Bréfritari: Kristbjörn Guðvarðarson
Viðtakandi: Jón Borgfirðings Jónsson
Dagsetning: A-1855-05-28
Skrifað á: Narfastöðum  S-Þing. ?

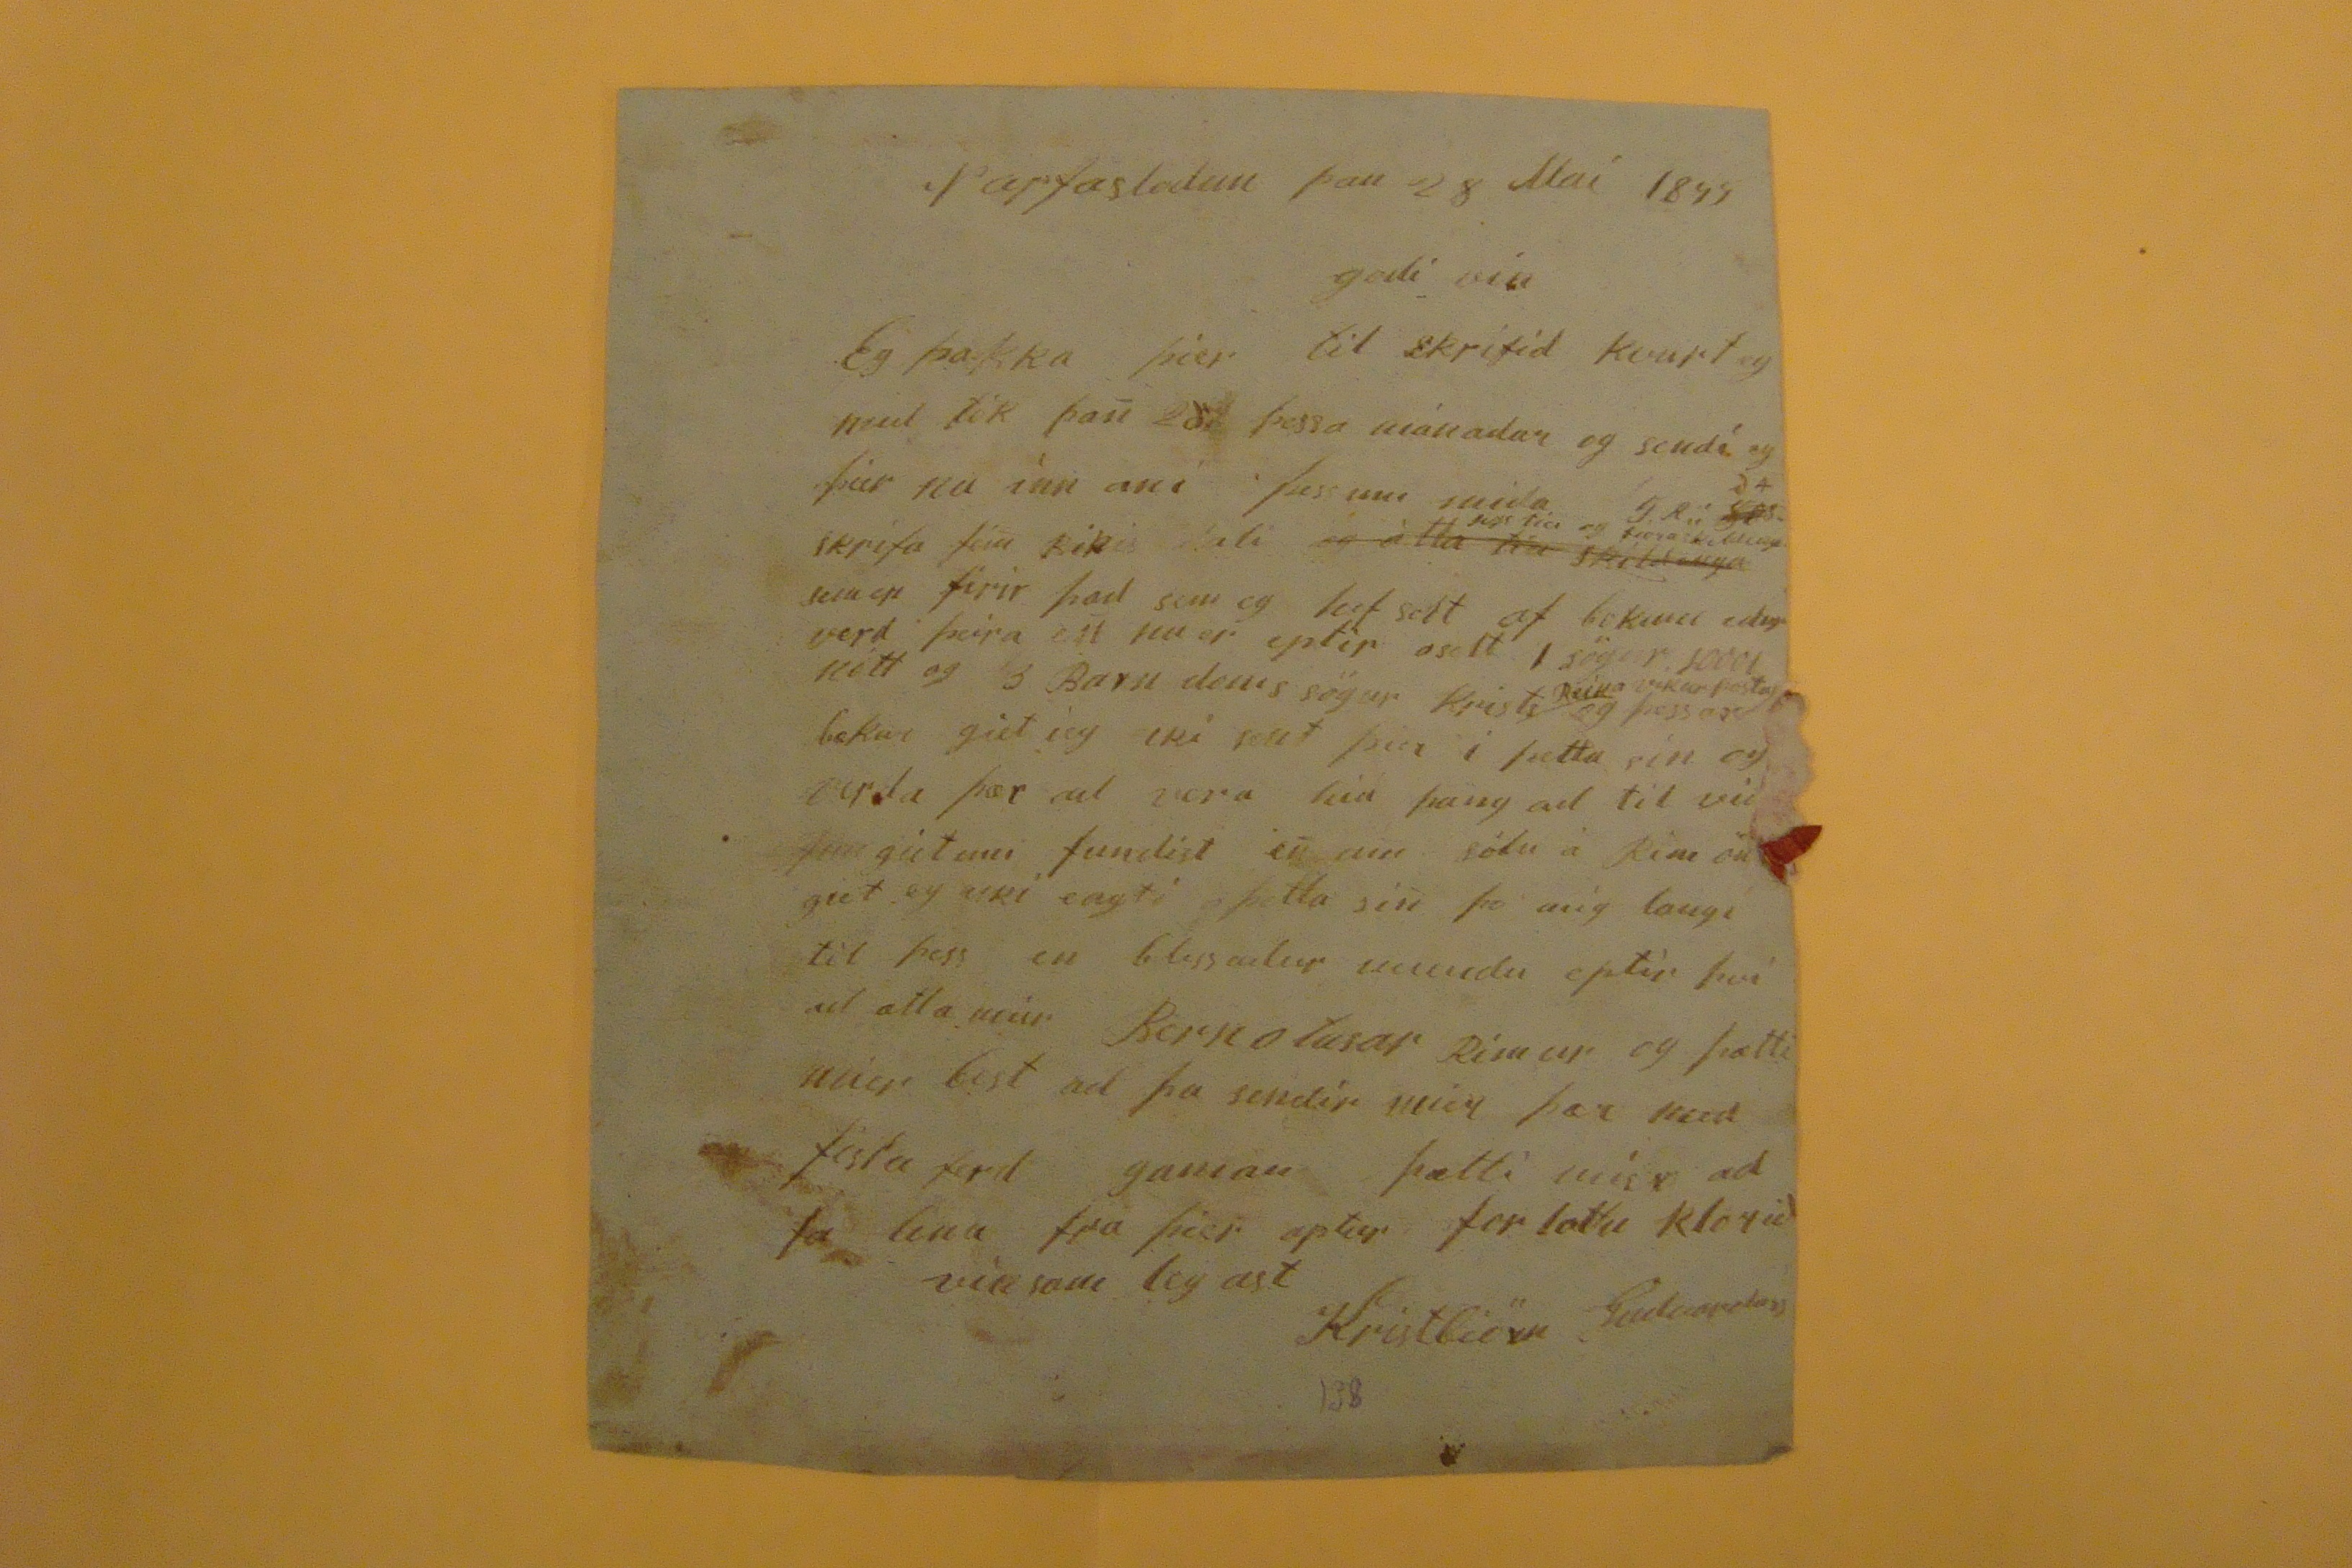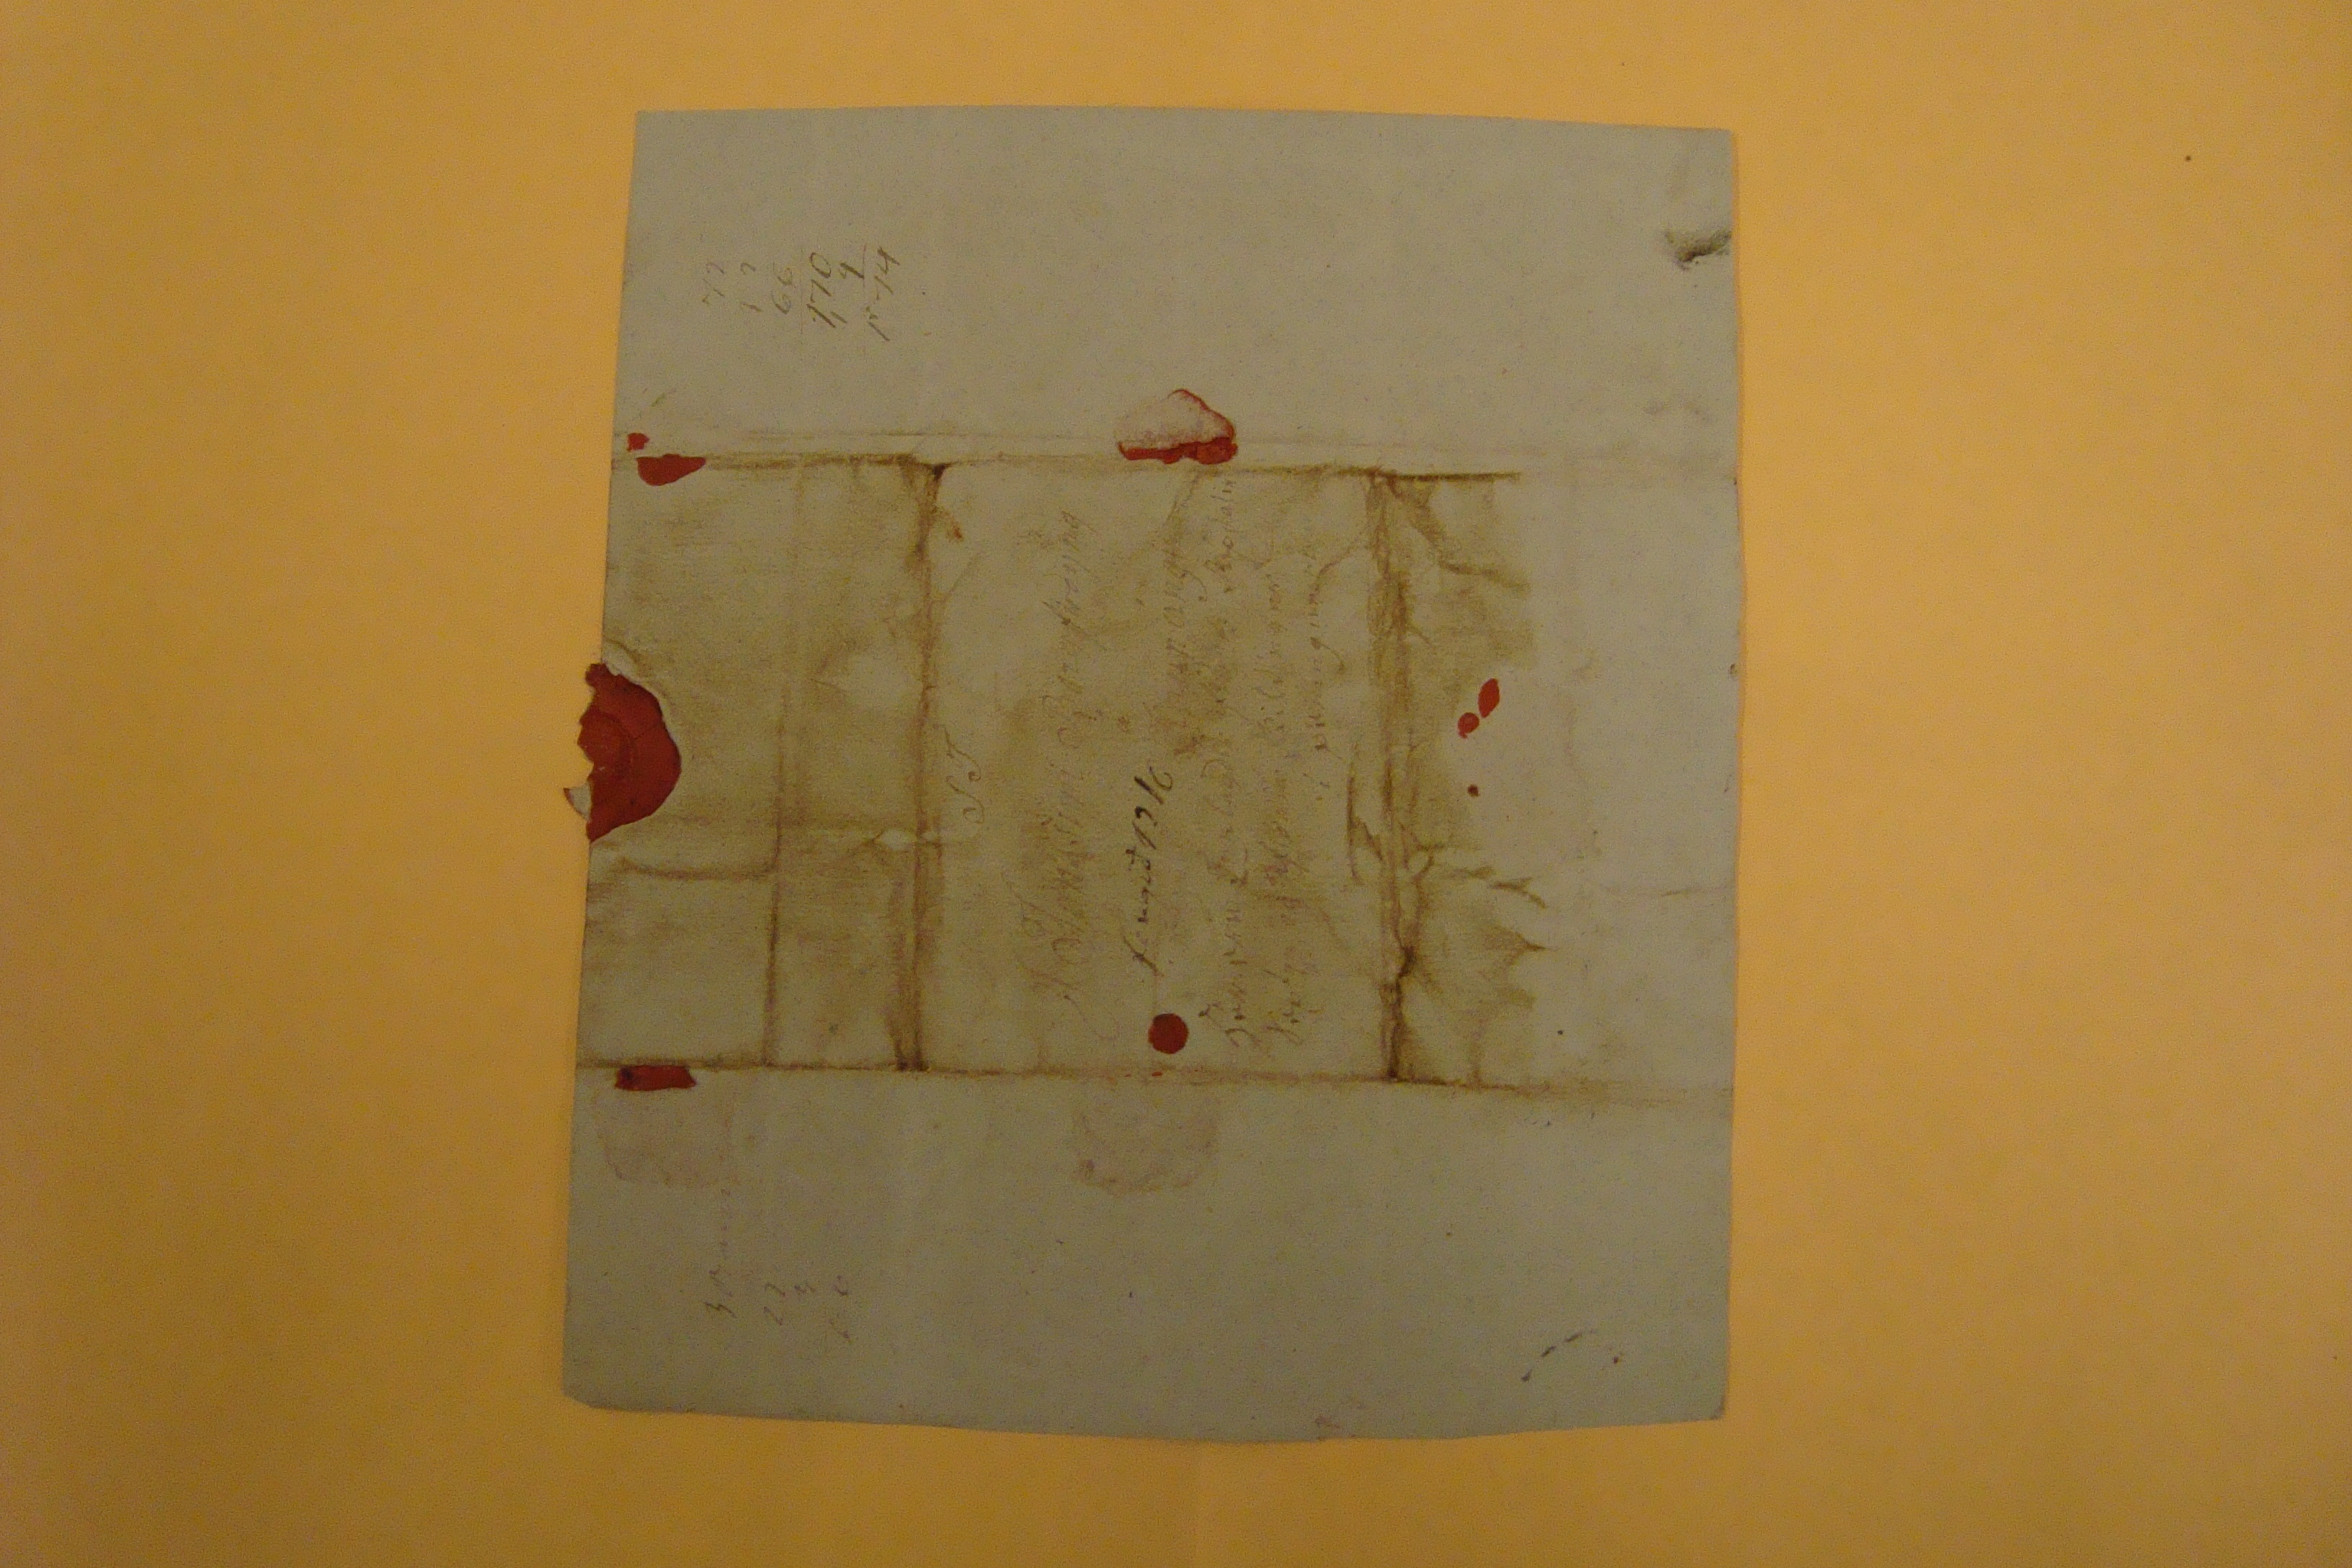

Narfastodum þan 28 Maí 1855
godi vin
Eg þakka þier til skrifid kvurt eg med tók þan
28
þessa mánadar og sendi eg þier nu
ínn ani
þessum mida
G.R.
S?s
da
skrifa
fein Rikis tali
og ættla tiu skildinga
?? tiu og fiora skildinga
???
firir þad sem eg hef selt af bokum edur verd þeira en nu er eptir oselt 1 sögur 10001 nótt og 3 Barn doms sögur Krists
Reika vikur posta
og þessar bækur giet ieg eki sent þier i þessa sin og verda þær að vera nia þan ad til vid
??gietum
fundist en um sölu á Rim
on??
giet eg eki sagti þetta sin þo mig laugi til þess en blessadur mundu eptir því ad ætla mier
Bornotasar Rímur
og þætti mier best ad þa sendir mier þær med fistu ferd gaman þætti mier ad fa linu fra þier aptur for lattu klorið
vinsam legast
Kristbiörn Gudvardars
ST
J Jonsson Borgfirðyng
Kaupángi